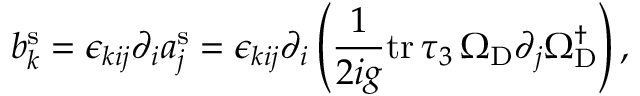
b _ { k } ^ { \mathrm { s } } = \epsilon _ { k i j } \partial _ { i } a _ { j } ^ { \mathrm { s } } = \epsilon _ { k i j } \partial _ { i } \left( \frac { 1 } { 2 i g } \mathrm { t r } \, \tau _ { 3 } \, \Omega _ { \mathrm { D } } \partial _ { j } \Omega _ { \mathrm { D } } ^ { \dagger } \right) ,